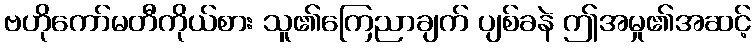
ဗဟိုကော်မတီကိုယ်စား သူ၏ကြေညာချက် ပျစ်ခနဲ ဤအမှု၏အဆင့်